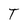
Character: T